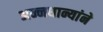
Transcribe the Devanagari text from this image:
अन्नधान्यांने